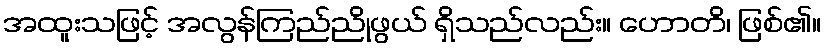
အထူးသဖြင့် အလွန်ကြည်ညိုဖွယ် ရှိသည်လည်း။ ဟောတိ၊ ဖြစ်၏။